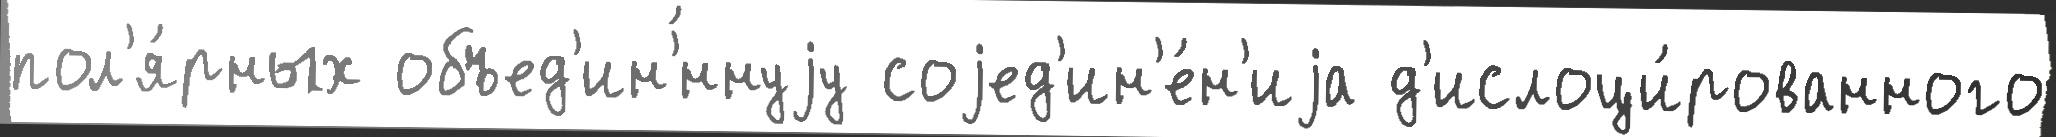
пол'я́рных объед'ин'́ннуjу соjед'ин'е́н'иjа д'ислоци́рованного